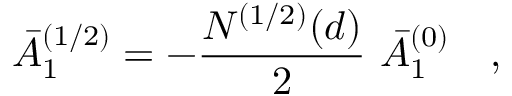
\bar { A } _ { 1 } ^ { ( 1 / 2 ) } = - { \frac { N ^ { ( 1 / 2 ) } ( d ) } { 2 } } ~ \bar { A } _ { 1 } ^ { ( 0 ) } ~ ~ ~ ,